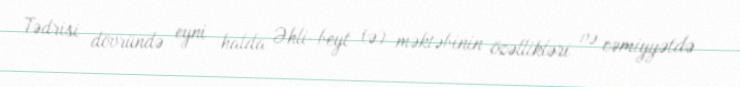
Tədrisi dövründə eyni halda Əhli-beyt (ə) məktəbinin özəllikləri və cəmiyyətdə